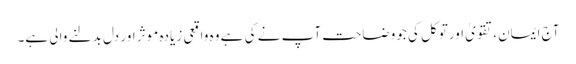
آج ایمان،تقویٰ اورتوکل کی جووضاحت آپ نے کی ہے وہ واقعی زیادہ موثر اور دل بدلنے والی ہے۔